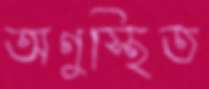
অণুস্থিত